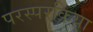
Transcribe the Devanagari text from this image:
परस्परक्रिया